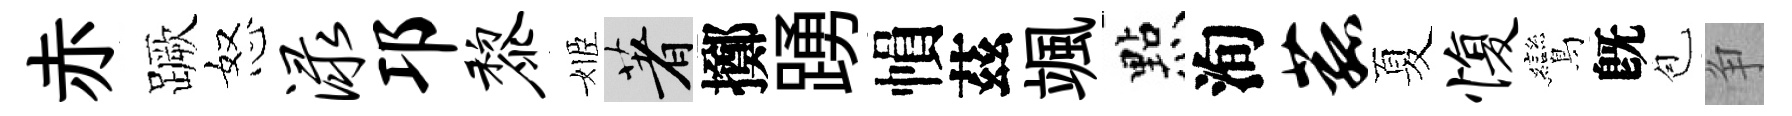
赤蹶怒渌邛黎姬著擲踴𢄙茲颯㸃洵菰夏愎鸞旣苞争